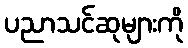
ပညာသင်ဆုများကို